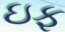
ઇફ